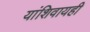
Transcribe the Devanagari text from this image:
यांशिवायही